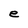
Character: e